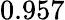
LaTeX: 0.957